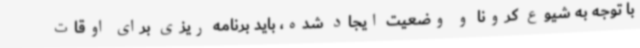
با توجه به شیوع کرونا و وضعیت ایجاد شده، باید برنامه ریزی برای اوقات